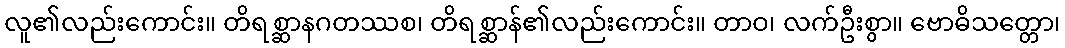
လူ၏လည်းကောင်း။ တိရစ္ဆာနဂတဿစ၊ တိရစ္ဆာန်၏လည်းကောင်း။ တာဝ၊ လက်ဦးစွာ။ ဗောဓိသတ္တော၊